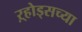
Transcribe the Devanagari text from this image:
ऱ्होड्सच्या